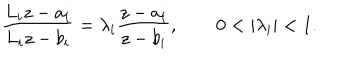
{ \frac { L _ { i } z - a _ { i } } { L _ { i } z - b _ { i } } } = \lambda _ { i } { \frac { z - a _ { i } } { z - b _ { i } } } , \qquad 0 < | \lambda _ { i } | < 1 .